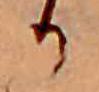
か